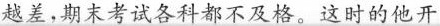
越差，期末考试各科都不及格。这时的他开